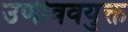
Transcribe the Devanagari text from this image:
उणीववयुक्त